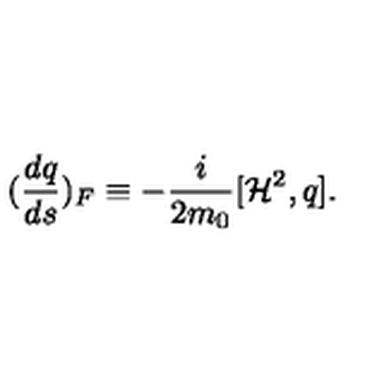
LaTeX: ( \frac { d q } { d s } ) _ { F } \equiv - \frac { i } { 2 m _ { 0 } } [ { \cal H } ^ { 2 } , q ] .